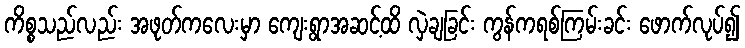
ကိစ္စသည်လည်း အဖုတ်ကလေးမှာ ကျေးရွာအဆင့်ထိ လှဲချခြင်း ကွန်ကရစ်ကြမ်းခင်း ဖောက်လုပ်၍